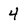
Character: 4